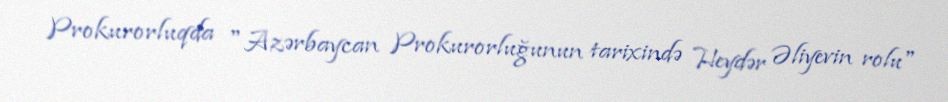
Prokurorluqda "Azərbaycan Prokurorluğunun tarixində Heydər Əliyevin rolu"